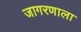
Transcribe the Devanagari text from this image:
जागरणाला